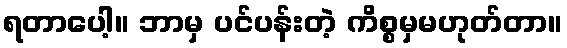
ရတာပေါ့။ ဘာမှ ပင်ပန်းတဲ့ ကိစ္စမှမဟုတ်တာ။